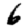
Digit: 6